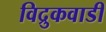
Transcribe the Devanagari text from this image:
विद्रुकवाडी